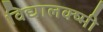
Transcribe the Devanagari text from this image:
विद्यालक्ष्मी